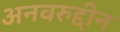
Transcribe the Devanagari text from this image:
अनवरुद्दीन